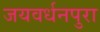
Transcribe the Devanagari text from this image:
जयवर्धनपुरा